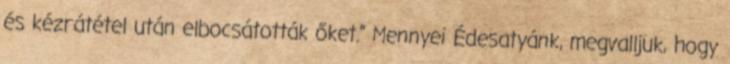
és kézrátétel után elbocsátották őket.” Mennyei Édesatyánk, megvalljuk, hogy